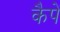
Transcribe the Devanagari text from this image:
कैपें